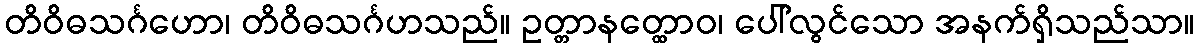
တိဝိဓသင်္ဂဟော၊ တိဝိဓသင်္ဂဟသည်။ ဥတ္တာနတ္ထောဝ၊ ပေါ်လွင်သော အနက်ရှိသည်သာ။